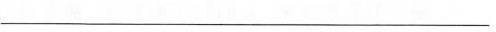
___